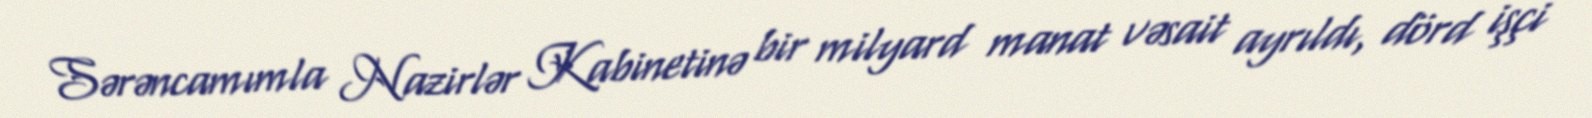
Sərəncamımla Nazirlər Kabinetinə bir milyard manat vəsait ayrıldı, dörd işçi